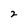
Character: 2